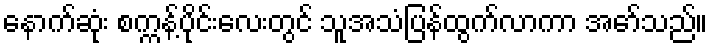
နောက်ဆုံး စက္ကန့်ပိုင်းလေးတွင် သူအသံပြန်ထွက်လာကာ အော်သည်။